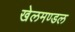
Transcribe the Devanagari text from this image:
खेलमण्डल